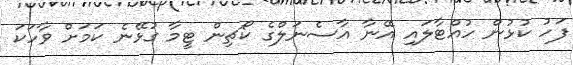
ފަހު ކުޅުން ހުއްޓާލައި އޭނާ އާސެނަލްގެ ކޯޗިން ޓީމާ ގުޅޭނެ ކަމަށް ވާހަކަ